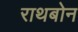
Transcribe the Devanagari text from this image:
राथबोन